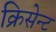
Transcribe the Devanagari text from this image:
क्रिसेन्‍ट